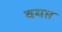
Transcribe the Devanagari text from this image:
वयप्त